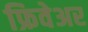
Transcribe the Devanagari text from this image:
फ्रिवेअर